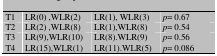
| T1 | LR(0) ,WLR(2) | LR(1), WLR(3) | p= 0.67 |
 | --- | --- | --- | --- |
 | T2 | LR(2) ,WLR(8) | LR(1),WLR(8) | p= 0.54 |
 | T3 | LR(9),WLR(10) | LR(8).WLR(9) | p= 0.56 |
 | T4 | LR(15),WLR(1) | LR(11).WLR(5) | p= 0.086 |